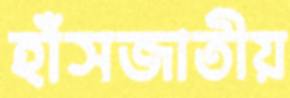
হাঁসজাতীয়